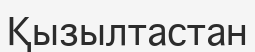
Қызылтастан